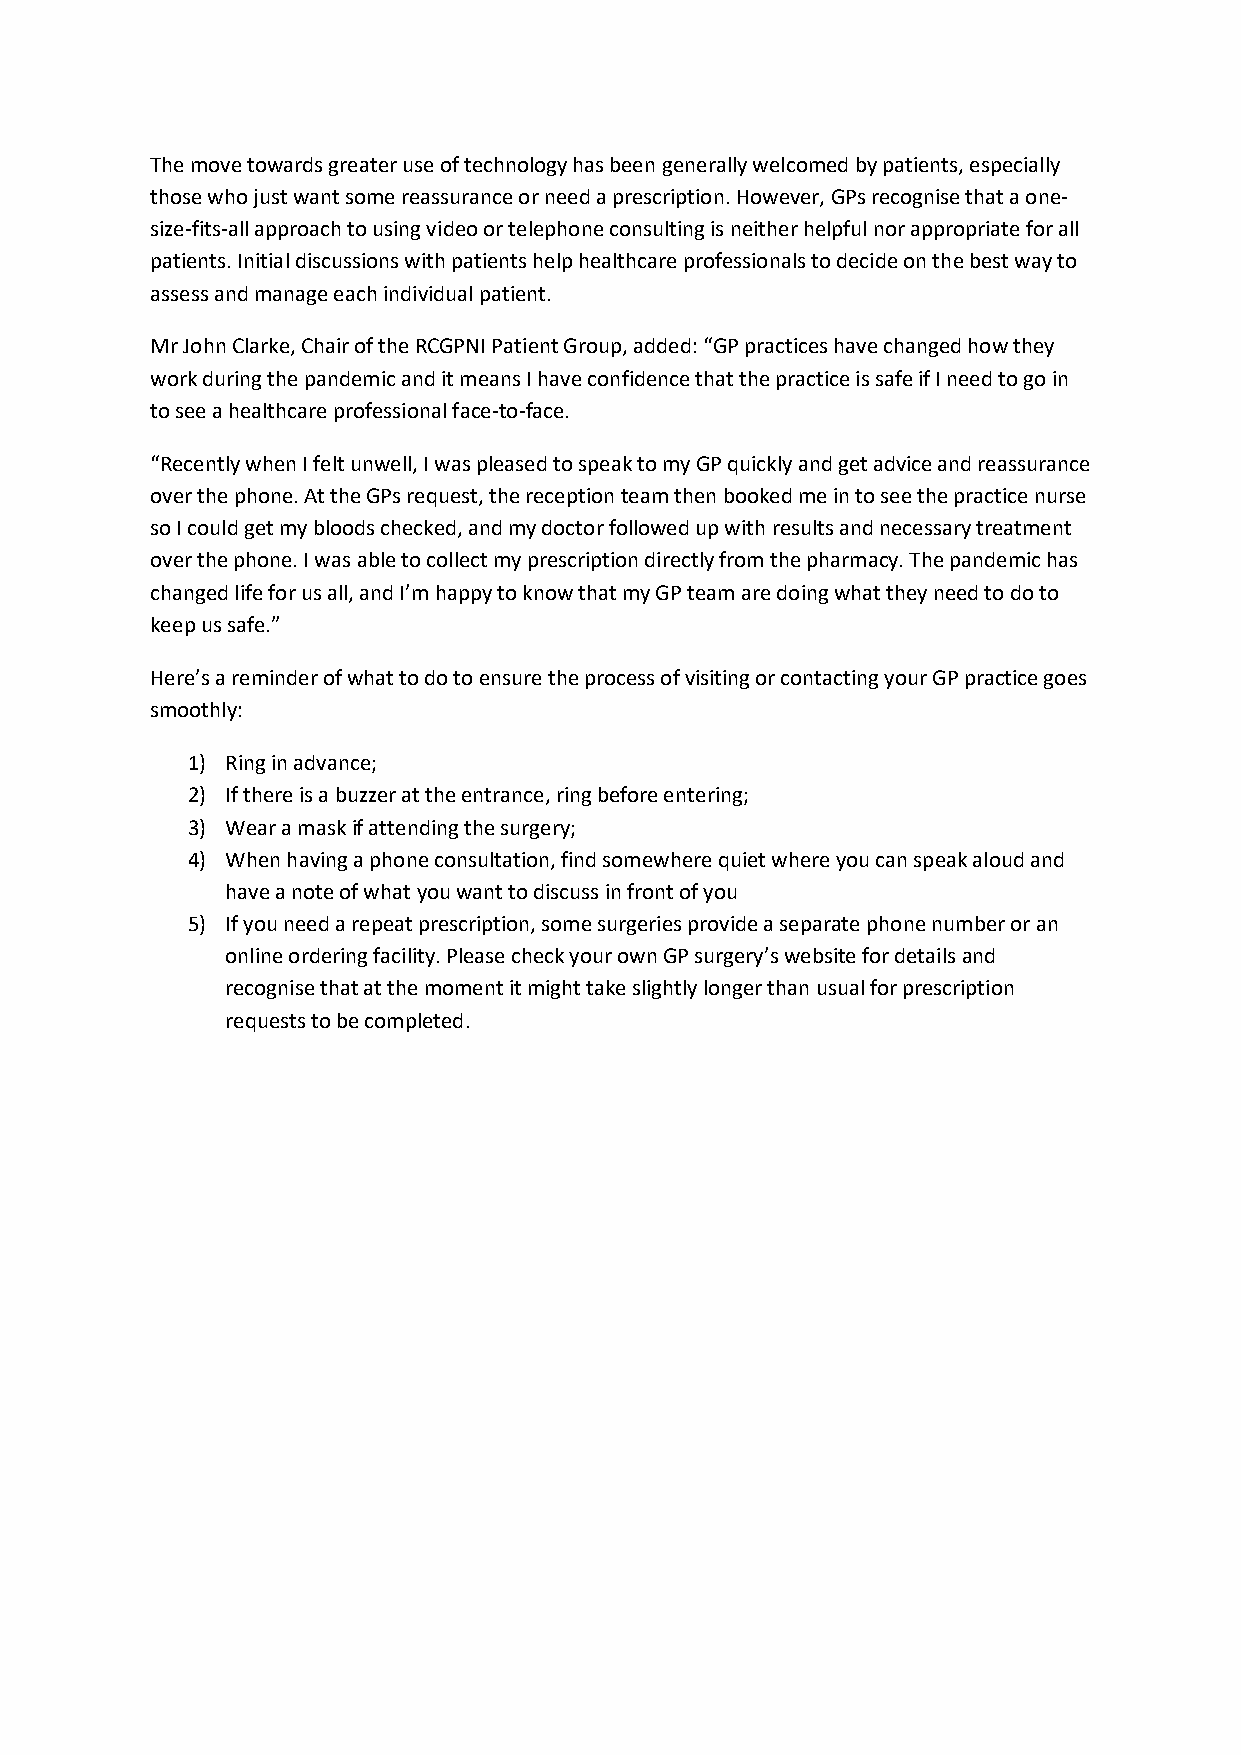
The move towards greater use of technology has been generally welcomed by patients, especially
 those who just want some reassurance or need a prescription. However, GPs recognise that a one-
 size-fits-all approach to using video or telephone consulting is neither helpful nor appropriate for all
 patients. Initial discussions with patients help healthcare professionals to decide on the best way to
 assess and manage each individual patient.
 Mr John Clarke, Chair of the RCGPNI Patient Group, added: “GP practices have changed how they
 work during the pandemic and it means I have confidence that the practice is safe if I need to go in
 to see a healthcare professional face-to-face.
 “Recently when I felt unwell, I was pleased to speak to my GP quickly and get advice and reassurance
 over the phone. At the GPs request, the reception team then booked me in to see the practice nurse
 so I could get my bloods checked, and my doctor followed up with results and necessary treatment
 over the phone. I was able to collect my prescription directly from the pharmacy. The pandemic has
 changed life for us all, and I’m happy to know that my GP team are doing what they need to do to
 keep us safe.”
 Here’s a reminder of what to do to ensure the process of visiting or contacting your GP practice goes
 smoothly:
 1) Ring in advance;
 2) If there is a buzzer at the entrance, ring before entering;
 3) Wear a mask if attending the surgery;
 4) When having a phone consultation, find somewhere quiet where you can speak aloud and
 have a note of what you want to discuss in front of you
 5) If you need a repeat prescription, some surgeries provide a separate phone number or an
 online ordering facility. Please check your own GP surgery’s website for details and
 recognise that at the moment it might take slightly longer than usual for prescription
 requests to be completed.